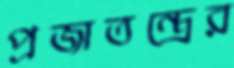
প্রজাতন্ত্রের